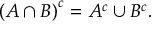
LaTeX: \left( A \cap B \right) ^ { c } = A ^ { c } \cup B ^ { c } .